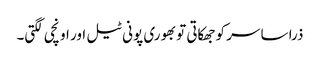
ذرا سا سر کو جھکاتی تو بھوری پونی ٹیل اور اونچی لگتی۔